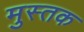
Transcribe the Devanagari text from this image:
मुस्तक